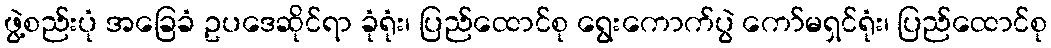
ဖွဲ့စည်းပုံ အခြေခံ ဥပဒေဆိုင်ရာ ခုံရုံး၊ ပြည်ထောင်စု ရွေးကောက်ပွဲ ကော်မရှင်ရုံး၊ ပြည်ထောင်စု